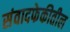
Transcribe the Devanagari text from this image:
संवादफेकीतील